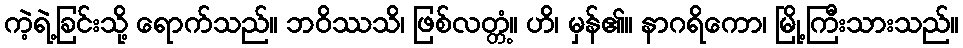
ကဲ့ရဲ့ခြင်းသို့ ရောက်သည်။ ဘဝိဿသိ၊ ဖြစ်လတ္တံ့။ ဟိ၊ မှန်၏။ နာဂရိကော၊ မြို့ကြီးသားသည်။